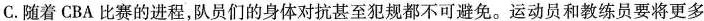
C.随着CBA比赛的进程，队员们的身体对抗甚至犯规都不可避免。运动员和教练员要将更多